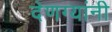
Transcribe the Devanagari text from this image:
देणग्यांनी